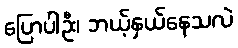
ပြောပါဦး၊ ဘယ့်နှယ်နေသလဲ